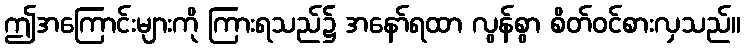
ဤအကြောင်းများကို ကြားရသည်၌ အနော်ရထာ လွန်စွာ စိတ်ဝင်စားလှသည်။